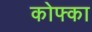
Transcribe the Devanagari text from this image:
कोफ्का